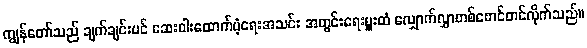
ကျွန်တော်သည် ချက်ချင်းပင် ဆေးဝါးထောက်ပံ့ရေးအသင်း အတွင်းရေးမှူးထံ လျှောက်လွှာတစ်စောင်တင်လိုက်သည်။